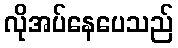
လိုအပ်နေပေသည်